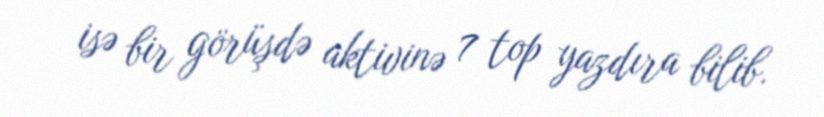
isə bir görüşdə aktivinə 7 top yazdıra bilib.